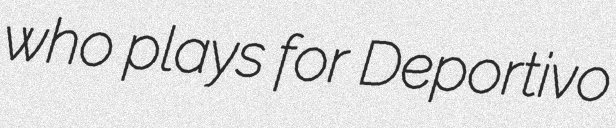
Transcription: who plays for Deportivo